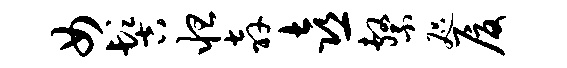
女髻怛奔喜系咫厦